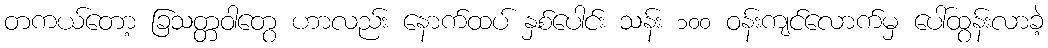
တကယ်တော့ ခြသတ္တဝါတွေ ဟာလည်း နောက်ထပ် နှစ်ပေါင်း သန်း ၁၀၀ ဝန်းကျင်လောက်မှ ပေါ်ထွန်းလာခဲ့